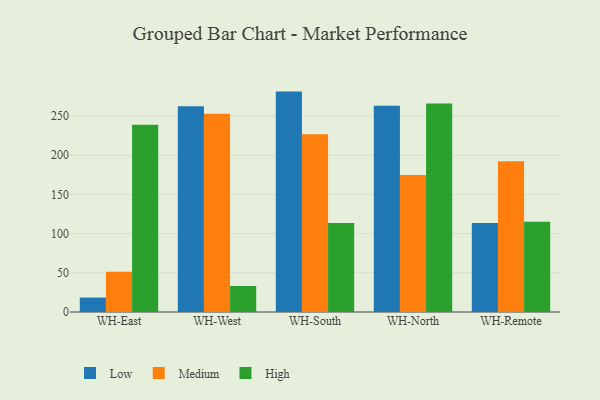
{"axis": {"x": "Warehouse", "y": "Headcount"}, "legend": ["High", "Low", "Medium"], "data": [{"x": "WH-East", "y": 18.4, "type": "Low"}, {"x": "WH-East", "y": 51.4, "type": "Medium"}, {"x": "WH-East", "y": 238.8, "type": "High"}, {"x": "WH-West", "y": 262.4, "type": "Low"}, {"x": "WH-West", "y": 252.8, "type": "Medium"}, {"x": "WH-West", "y": 33.2, "type": "High"}, {"x": "WH-South", "y": 281.2, "type": "Low"}, {"x": "WH-South", "y": 226.7, "type": "Medium"}, {"x": "WH-South", "y": 113.6, "type": "High"}, {"x": "WH-North", "y": 263.0, "type": "Low"}, {"x": "WH-North", "y": 174.7, "type": "Medium"}, {"x": "WH-North", "y": 266.1, "type": "High"}, {"x": "WH-Remote", "y": 113.7, "type": "Low"}, {"x": "WH-Remote", "y": 192.2, "type": "Medium"}, {"x": "WH-Remote", "y": 115.1, "type": "High"}]}